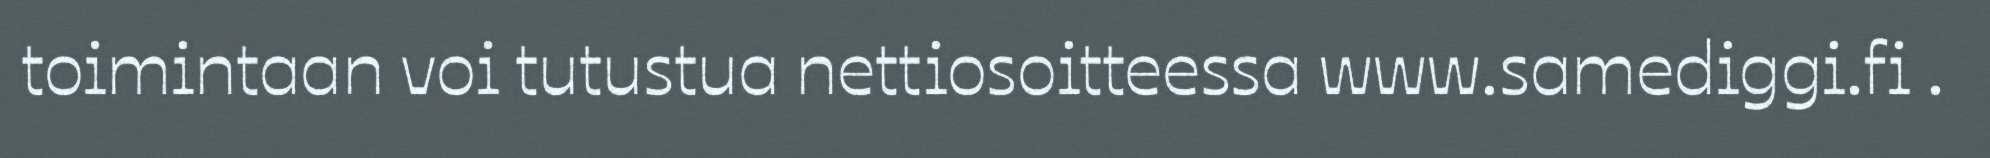
toimintaan voi tutustua nettiosoitteessa www.samediggi.fi .